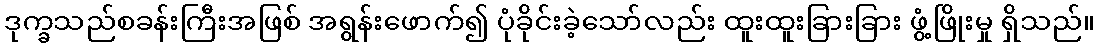
ဒုက္ခသည်စခန်းကြီးအဖြစ် အရွန်းဖောက်၍ ပုံခိုင်းခဲ့သော်လည်း ထူးထူးခြားခြား ဖွံ့ဖြိုးမှု ရှိသည်။